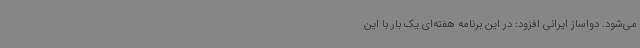
می‌شود. دواساز ایرانی افزود: در این برنامه هفته‌ای یک بار با این